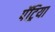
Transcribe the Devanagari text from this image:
पॅट्रिया